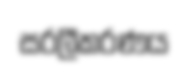
සරලීකරණය